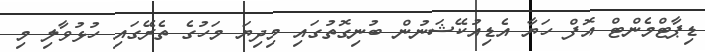
ޑިޕާޓްމެންޓް އޮފް ހަޔާ އެޑިއުކޭޝަނުން ބުނިގޮތުގައި މިދިޔަ މަހުގެ ތެރޭގައި ހުޅުވާލި މި